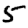
Digit: 5